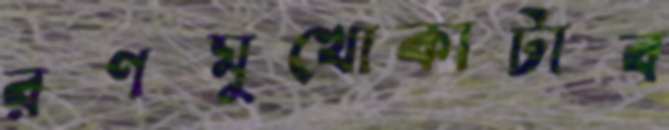
রণমুখোকাটাব